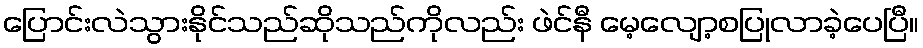
ပြောင်းလဲသွားနိုင်သည်ဆိုသည်ကိုလည်း ဖဲင်နီ မေ့လျော့စပြုလာခဲ့ပေပြီ။